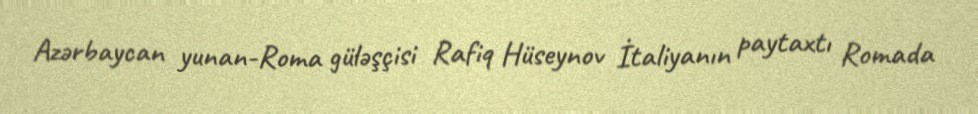
Azərbaycan yunan-Roma güləşçisi Rafiq Hüseynov İtaliyanın paytaxtı Romada